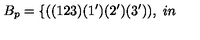
B _ { p } = \{ ( ( 1 2 3 ) ( 1 ^ { \prime } ) ( 2 ^ { \prime } ) ( 3 ^ { \prime } ) ) , \hspace { 3 i n }